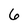
Character: 6